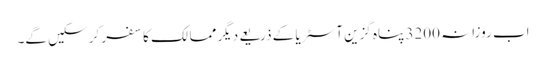
اب روزانہ 3200 پناہ گزین آسٹریا کے ذریعے دیگر ممالک کا سفر کر سکیں گے۔